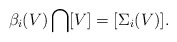
\begin{align*}\beta_i(V)\bigcap[V]=[\Sigma_i(V)].\end{align*}